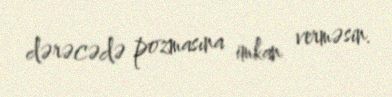
dərəcədə pozmasına imkan verməsin.